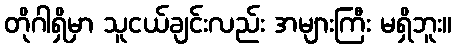
တိုဂါရှိမှာ သူငယ်ချင်းလည်း အများကြီး မရှိဘူး။